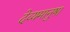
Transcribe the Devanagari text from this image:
देव्यमानुषा